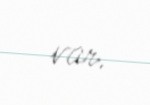
var.